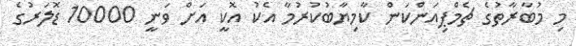
މި މުބާރާތުގެ ޗެމްޕިއަންކަން ކާމިޔާބުކުރުމާ އެކު އޮކީ އަށް ވަނީ 10000 ޑޮލަރުގެ